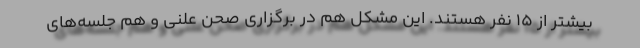
بیشتر از ۱۵ نفر هستند. این مشکل هم در برگزاری صحن علنی و هم جلسه‌های